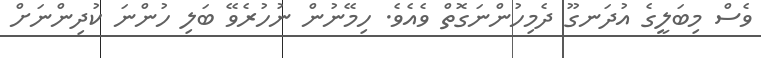
ވެސް މިބަލީގެ އުދަނގޫ ދެމިހުންނަގޮތް ވެއެވެ. ހިމޭނުން ނުހުރެވޭ ބަލި ހުންނަ ކުދިންނަށް